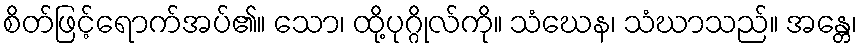
စိတ်ဖြင့်ရောက်အပ်၏။ သော၊ ထို့ပုဂ္ဂိုလ်ကို။ သံဃေန၊ သံဃာသည်။ အန္တေ၊